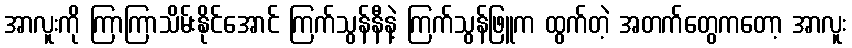
အာလူးကို ကြာကြာသိမ်းနိုင်အောင် ကြက်သွန်နီနဲ့ ကြက်သွန်ဖြူက ထွက်တဲ့ အတက်တွေကတော့ အာလူး